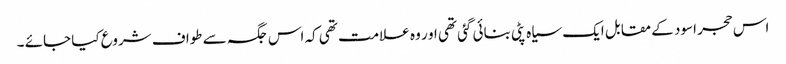
اس حجر اسود کے مقابل ایک سیاہ پٹی بنائی گئی تھی او ر وہ علامت تھی کہ اس جگہ سے طواف شروع کیا جائے ۔